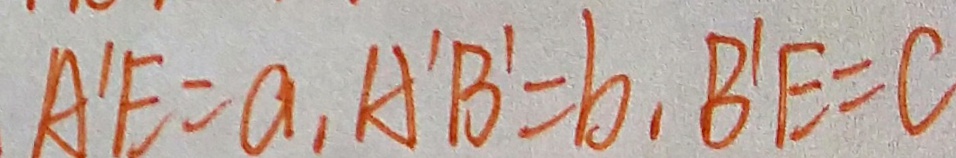
A ^ { \prime } E = a , A ^ { \prime } B ^ { \prime } = b , B ^ { \prime } E = C